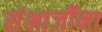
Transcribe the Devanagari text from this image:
संभाजींना